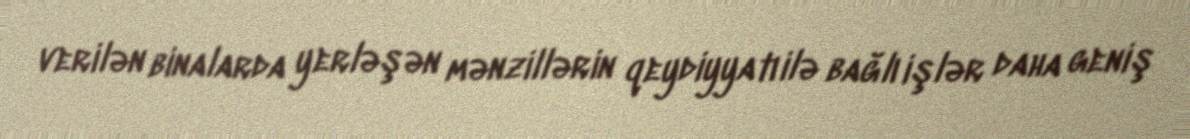
verilən binalarda yerləşən mənzillərin qeydiyyatı ilə bağlı işlər daha geniş